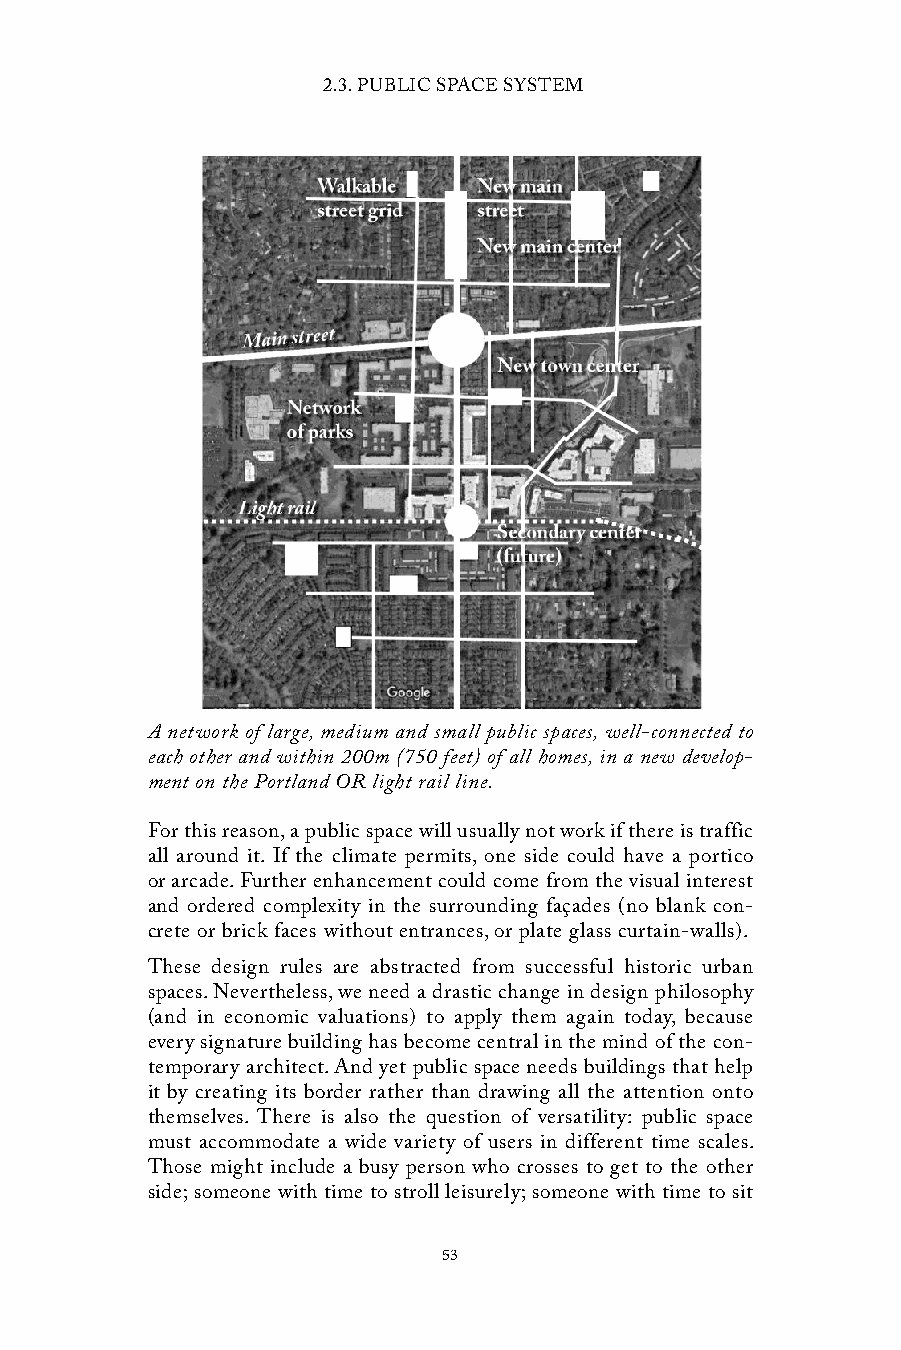
2.3. PUBLIC SPACE SYSTEM
 A network of large, medium and small public spaces, well-connected to
 each other and within 200m (750 feet) of all homes, in a new develop-
 ment on the Portland OR light rail line.
 For this reason, a public space will usually not work if there is traffic
 all around it. If the climate permits, one side could have a portico
 or arcade. Further enhancement could come from the visual interest
 and ordered complexity in the surrounding façades (no blank con-
 crete or brick faces without entrances, or plate glass curtain-walls).
 These design rules are abstracted from successful historic urban
 spaces. Nevertheless, we need a drastic change in design philosophy
 (and in economic valuations) to apply them again today, because
 every signature building has become central in the mind of the con-
 temporary architect. And yet public space needs buildings that help
 it by creating its border rather than drawing all the attention onto
 themselves. There is also the question of versatility: public space
 must accommodate a wide variety of users in different time scales.
 Those might include a busy person who crosses to get to the other
 side; someone with time to stroll leisurely; someone with time to sit
 53